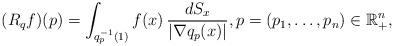
LaTeX: \begin{align*} (R_q f) (p) = \int_{q_p^{-1}(1)} f(x) \, \frac{dS_x}{|\nabla q_p(x)|}, p = (p_1,\ldots,p_n) \in \mathbb R^n_+, \\\end{align*}